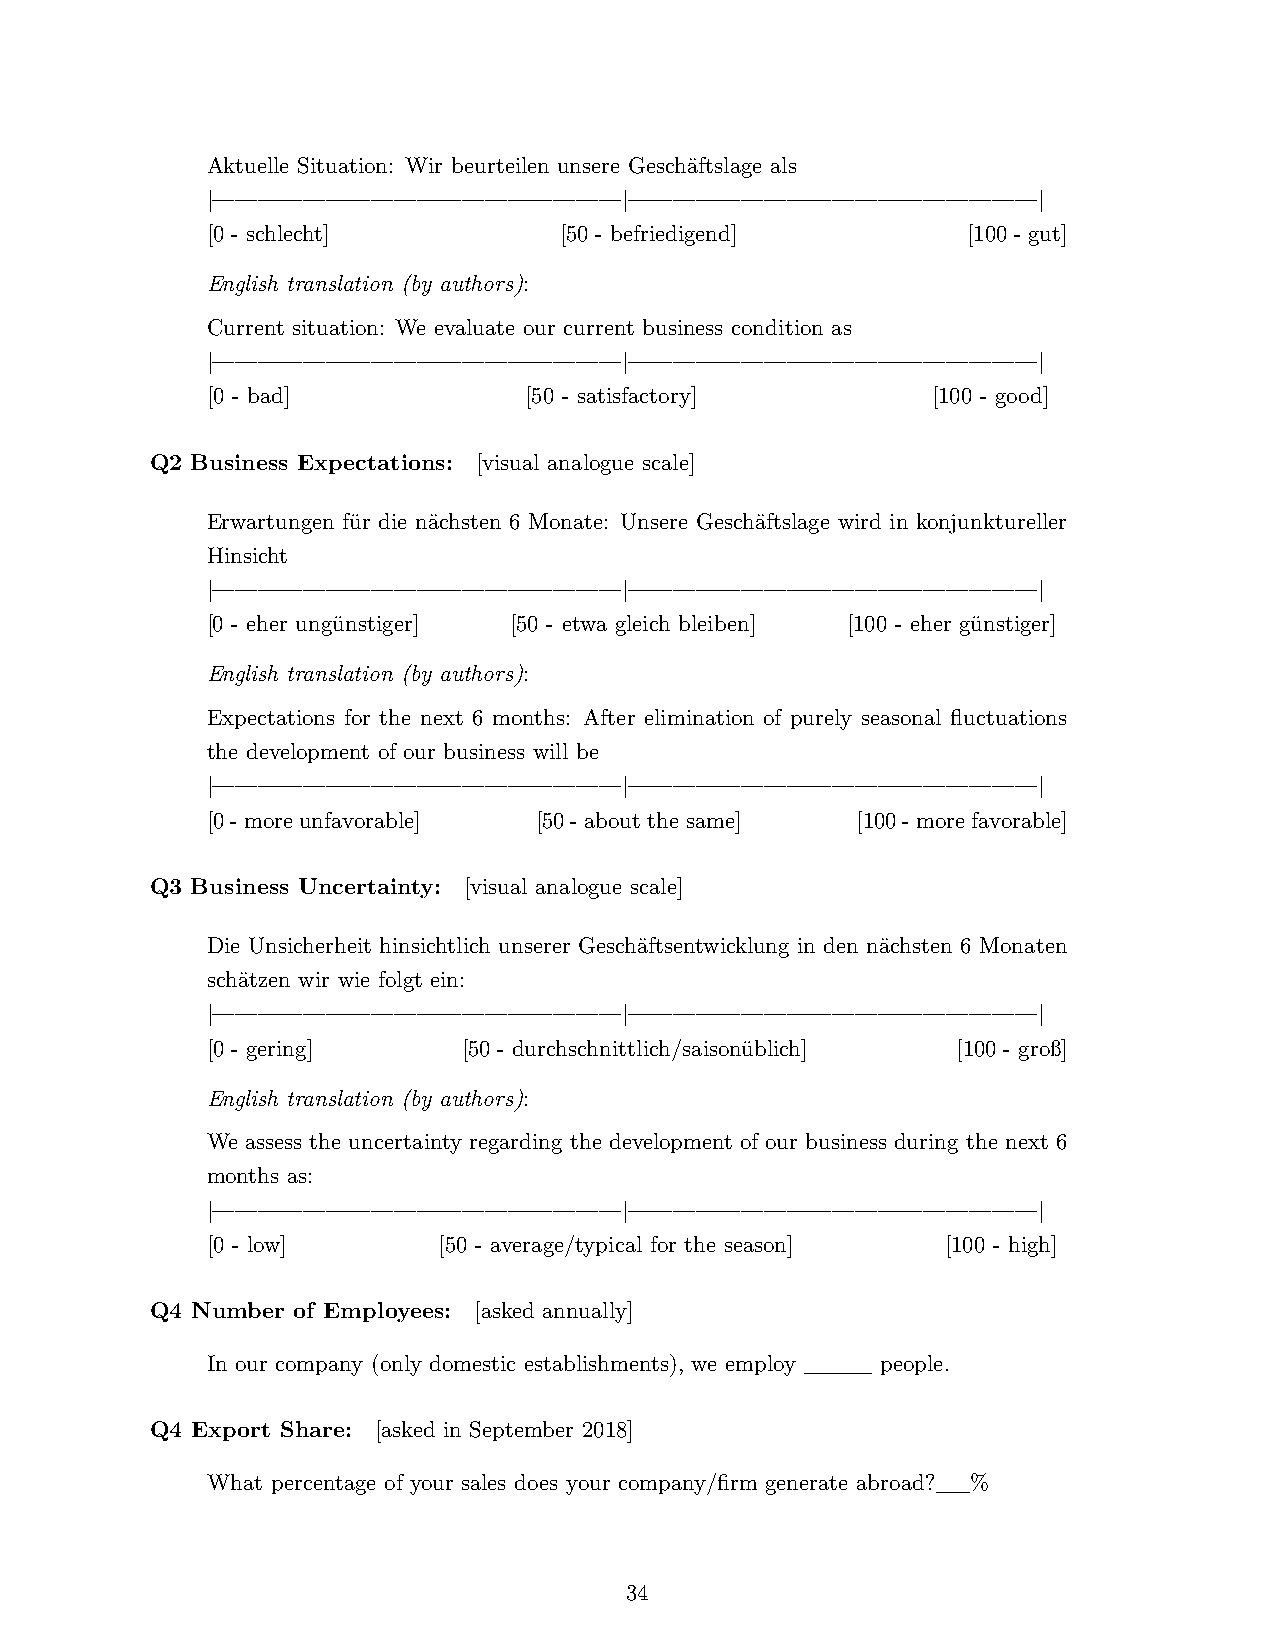
Aktuelle Situation: Wir beurteilen unsere Geschäftslage als
 |——————————————————|——————————————————|
 [0 - schlecht]         [50 - befriedigend]        [100 - gut]
 English translation (by authors):
 Current situation: We evaluate our current business condition as
 |——————————————————|——————————————————|
 [0 - bad]            [50 - satisfactory]        [100 - good]
 Q2 Business Expectations: [visual analogue scale]
 Erwartungen für die nächsten 6 Monate: Unsere Geschäftslage wird in konjunktureller
 Hinsicht
 |——————————————————|——————————————————|
 [0 - eher ungünstiger] [50 - etwa gleich bleiben] [100 - eher günstiger]
 English translation (by authors):
 Expectations for the next 6 months: After elimination of purely seasonal fluctuations
 the development of our business will be
 |——————————————————|——————————————————|
 [0-moreunfavorable]  [50-aboutthesame]     [100-morefavorable]
 Q3 Business Uncertainty: [visual analogue scale]
 Die Unsicherheit hinsichtlich unserer Geschäftsentwicklung in den nächsten 6 Monaten
 schätzen wir wie folgt ein:
 |——————————————————|——————————————————|
 [0 - gering]     [50 - durchschnittlich/saisonüblich] [100 - groß]
 English translation (by authors):
 We assess the uncertainty regarding the development of our business during the next 6
 months as:
 |——————————————————|——————————————————|
 [0 - low]      [50 - average/typical for the season] [100 - high]
 Q4 Number of Employees: [asked annually]
 In our company (only domestic establishments), we employ ____ people.
 Q4 Export Share: [asked in September 2018]
 What percentage of your sales does your company/firm generate abroad?__%
 34